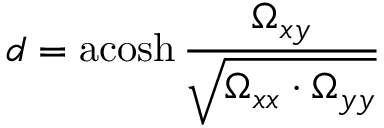
d = \operatorname { a c o s h } { \frac { \Omega _ { x y } } { \sqrt { \Omega _ { x x } \cdot \Omega _ { y y } } } }